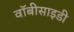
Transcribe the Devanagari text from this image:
वॉबीसाइडी